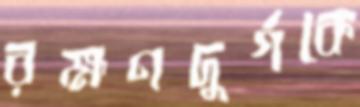
রক্ষণদুর্গকে